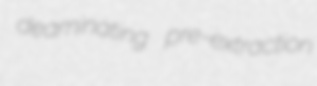
deaminating pre-extraction